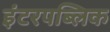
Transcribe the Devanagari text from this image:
इंटरपब्लिक